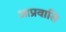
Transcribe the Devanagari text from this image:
आप्रवासि